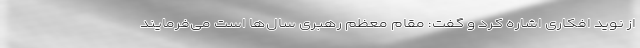
از نوید افکاری اشاره کرد و گفت: مقام معظم رهبری سال‌ها است می‌فرمایند